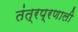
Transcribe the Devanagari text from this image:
तंत्रप्रणाली